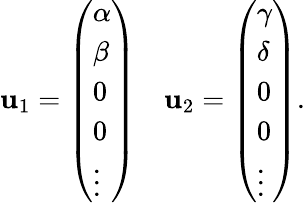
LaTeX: \mathbf{u}_{1}=\left(\begin{array}{l}{\alpha}\\ {\beta}\\ {0}\\ {0}\\ {\vdots}\end{array}\right)\quad\mathbf{u}_{2}=\left(\begin{array}{l}{\gamma}\\ {\delta}\\ {0}\\ {0}\\ {\vdots}\end{array}\right).